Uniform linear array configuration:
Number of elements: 8
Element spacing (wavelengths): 1
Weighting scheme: cosine
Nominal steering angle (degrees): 0
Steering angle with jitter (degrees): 1.773
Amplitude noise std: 0.05
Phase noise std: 0.05

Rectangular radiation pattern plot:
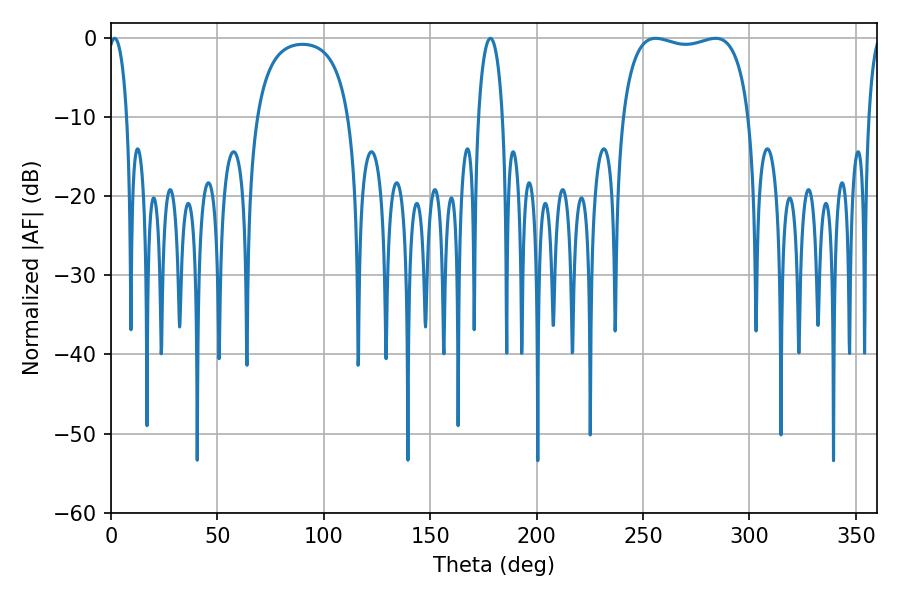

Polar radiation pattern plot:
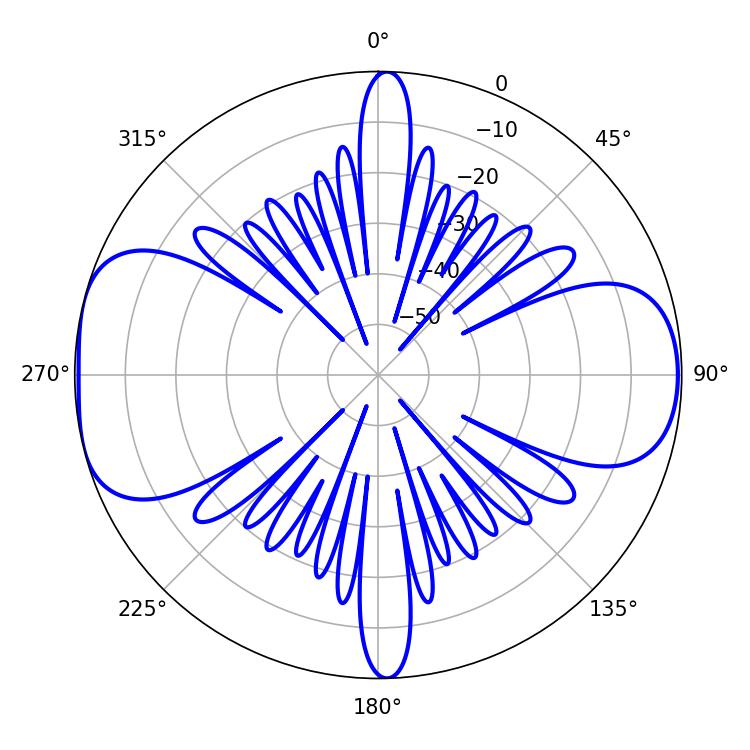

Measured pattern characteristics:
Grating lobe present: TRUE
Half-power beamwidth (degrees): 48.24
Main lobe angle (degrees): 255.96